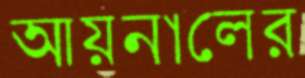
আয়নালের